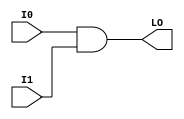
// $Header: /devl/xcs/repo/env/Databases/CAEInterfaces/verunilibs/data/unisims/MULT_AND.v,v 1.5 2007/05/23 21:43:39 patrickp Exp $
///////////////////////////////////////////////////////////////////////////////
// Copyright (c) 1995/2004 Xilinx, Inc.
// All Right Reserved.
///////////////////////////////////////////////////////////////////////////////
//   ____  ____
//  /   /\/   /
// /___/  \  /    Vendor : Xilinx
// \   \   \/     Version : 10.1
//  \   \         Description : Xilinx Functional Simulation Library Component
//  /   /                  Fast Multiplier AND
// /___/   /\     Filename : MULT_AND.v
// \   \  /  \    Timestamp : Thu Mar 25 16:42:54 PST 2004
//  \___\/\___\
//
// Revision:
//    03/23/04 - Initial version.
//    05/23/07 - Changed timescale to 1 ps / 1 ps.

`timescale  1 ps / 1 ps


module MULT_AND (LO, I0, I1);

    output LO;

    input  I0, I1;

    and A1 (LO, I0, I1);

    specify
	(I0 *> LO) = (0, 0);
	(I1 *> LO) = (0, 0);
    endspecify

endmodule